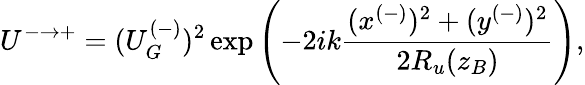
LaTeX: U^{-\rightarrow+}=(U_{G}^{(-)})^{2}\exp\left(-2ik\frac{(x^{(-)})^{2}+(y^{(-)})^{2}}{2R_{u}(z_{B})}\right),